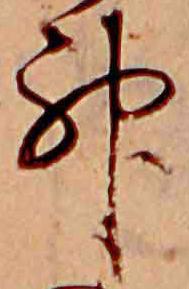
神